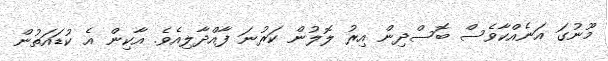
މޫނުގަ އަނެއްކާވެސް ބޮސްދިން އިރު ލޮލުން ކަރުނަ ފާއްދާލިއެވެ. އާކިން އެ ކުޑައަތުން